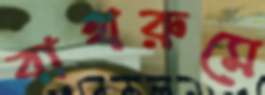
বাথরুমে